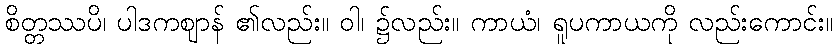
စိတ္တဿပိ၊ ပါဒကဈာန် ၏လည်း။ ဝါ၊ ၌လည်း။ ကာယံ၊ ရူပကာယကို လည်းကောင်း။